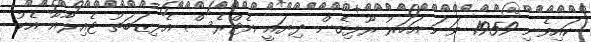
ކައިވެނި 1959 ވަނަ އަހަރު ރޫޅިގެން ދިޔައީ އެޓްރެސް އެލިޒަބަތު ޓެއިލާއާ އެކު